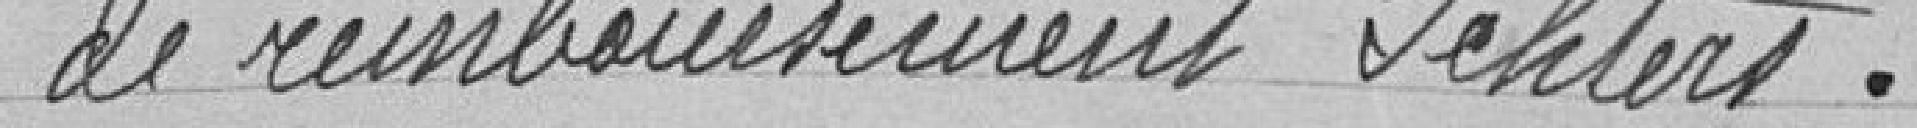
de remboursement Ichters.